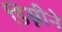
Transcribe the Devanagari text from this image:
डिस्नीने